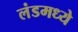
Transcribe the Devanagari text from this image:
लंडमध्ये